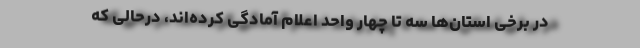
در برخی استان‌ها سه تا چهار واحد اعلام آمادگی کرده‌اند، درحالی که